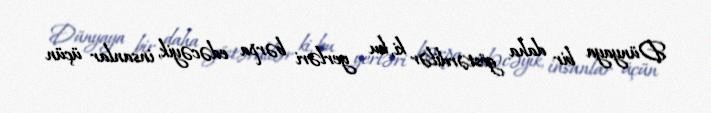
Dünyaya bir daha göstərdilər ki, bu yerləri bərpa edəcəyik, insanlar üçün